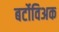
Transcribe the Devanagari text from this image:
बर्टोविअक